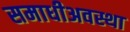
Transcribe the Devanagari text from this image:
समाधीअवस्था